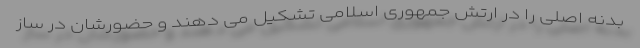
بدنه اصلی را در ارتش جمهوری اسلامی تشکیل می دهند و حضورشان در ساز